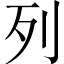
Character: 列